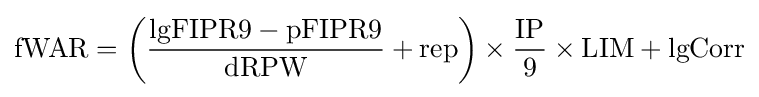
{\text{fWAR}}=\left({\frac {{\text{lgFIPR9}}-{\text{pFIPR9}}}{\text{dRPW}}}+{\text{rep}}\right)\times {\frac {\text{IP}}{9}}\times {\text{LIM}}+{\text{lgCorr}}